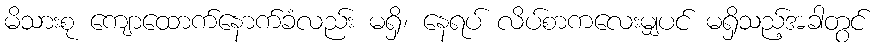
မိသားစု ကျောထောက်နောက်ခံလည်း မရှိ၊ နေရပ် လိပ်စာကလေးမျှပင် မရှိသည့်အခါတွင်